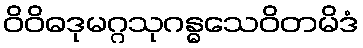
ဝိဝိဓဒုမဂ္ဂသုဂန္ဓသေဝိတမိဒံ